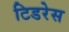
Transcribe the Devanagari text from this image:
टिडरेस